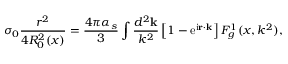
\sigma _ { 0 } \frac { r ^ { 2 } } { 4 R _ { 0 } ^ { 2 } ( x ) } = \frac { 4 \pi \alpha _ { s } } { 3 } \int \frac { d ^ { 2 } { \bf k } } { k ^ { 2 } } \left[ 1 - \mathrm { e } ^ { \mathrm { i } { \bf r \cdot k } } \right] { \cal F } _ { g } ^ { 1 } ( x , k ^ { 2 } ) ,